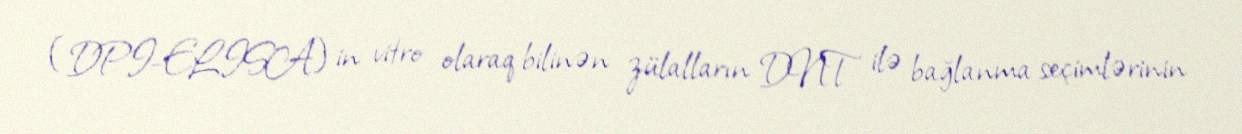
(DPI-ELISA) in vitro olaraq bilinən zülalların DNT ilə bağlanma seçimlərinin